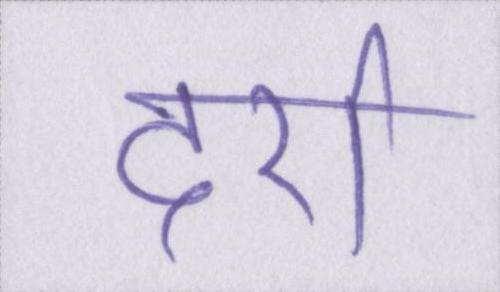
दर्रा